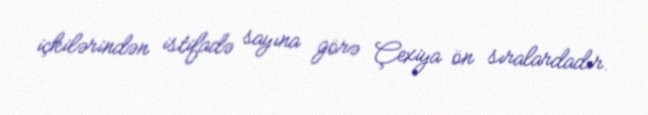
içkilərindən istifadə sayına görə Çexiya ön sıralardadır.